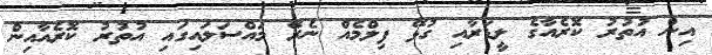
އިން އުތުރު ކޮރެއާގެ ލީޑަރާއި ގުޅޭ ފިލްމެއް ނެރޭ މައްސަލައިގައި އުތުރު ކޮރެއާއިން